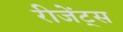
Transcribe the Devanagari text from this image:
रीजेंट्स